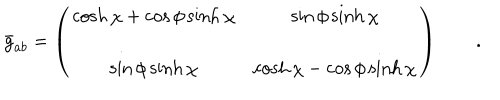
LaTeX: \bar { g } _ { a b } = \left( \begin{array} { c c } { { \displaystyle { \cosh \chi + \cos \phi \sinh \chi } } } & { { \displaystyle { \sin \phi \sinh \chi } } } \\ { { \displaystyle { \sin \phi \sinh \chi } } } & { { \displaystyle { \cosh \chi - \cos \phi \sinh \chi } } } \\ \end{array} \right) \qquad .